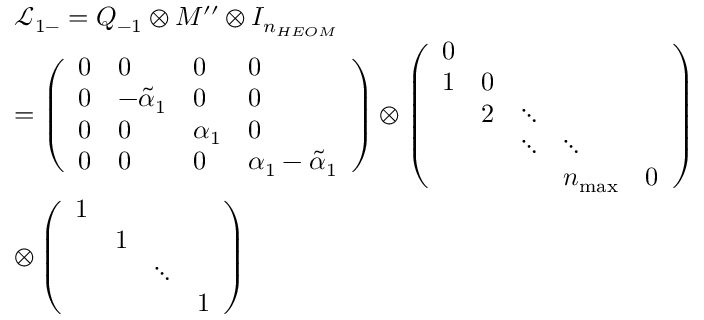
\begin{array} { r l } & { { \mathcal { L } _ { 1 - } } = { { Q } _ { - 1 } } \otimes M ^ { \prime \prime } \otimes { { I } _ { { { n } _ { H E O M } } } } } \\ & { = \left( \begin{array} { l l l l } { 0 } & { 0 } & { 0 } & { 0 } \\ { 0 } & { { { { - \tilde { \alpha } } } _ { 1 } } } & { 0 } & { 0 } \\ { 0 } & { 0 } & { { { \alpha } _ { 1 } } } & { 0 } \\ { 0 } & { 0 } & { 0 } & { { { \alpha } _ { 1 } } - { { { \tilde { \alpha } } } _ { 1 } } } \end{array} \right) \otimes \left( \begin{array} { l l l l l } { 0 } & { } & { } & { } & { } \\ { 1 } & { 0 } & { } & { } & { } \\ { } & { { 2 } } & { \ddots } & { } & { } \\ { } & { } & { \ddots } & { \ddots } & { } \\ { } & { } & { } & { { { n } _ { \operatorname* { m a x } } } } & { 0 } \end{array} \right) } \\ & { \otimes \left( \begin{array} { l l l l } { 1 } & { } & { } & { } \\ { } & { 1 } & { } & { } \\ { } & { } & { \ddots } & { } \\ { } & { } & { } & { 1 } \end{array} \right) } \end{array}